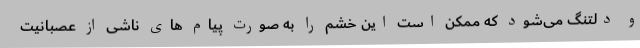
و دلتنگ می‌شود که ممکن است این خشم را به صورت پیام های ناشی از عصبانیت